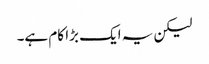
لیکن یہ ایک بڑا کام ہے۔